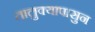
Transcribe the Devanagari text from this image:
तालुक्यापासुन